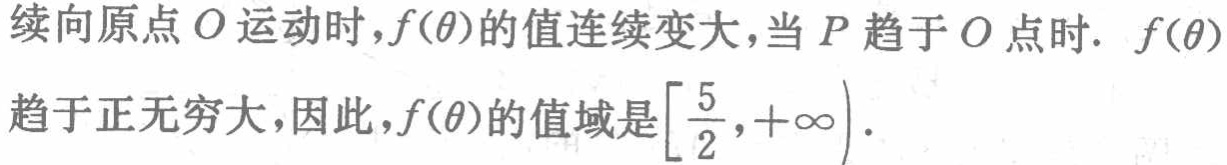
续向原点\(O\)运动时，\(f(\theta)\)的值连续变大，当\(P\)趋于\(O\)点时. \(f(\theta)\)趋于正无穷大，因此，\(f(\theta)\)的值域是\(\left[\dfrac{5}{2},+\infty\right)\)。